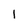
Character: 1